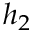
h _ { 2 }